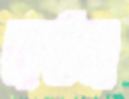
কঠন